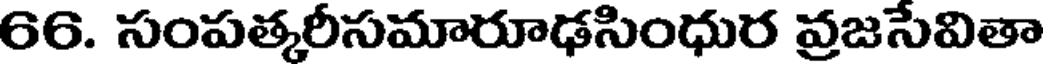
66. సంపత్కరీసమారూఢసింధుర వ్రజసేవితా